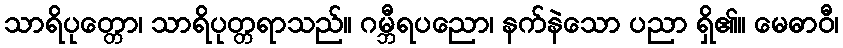
သာရိပုတ္တော၊ သာရိပုတ္တရာသည်။ ဂမ္ဘီရပညော၊ နက်နဲသော ပညာ ရှိ၏။ မေဓာဝီ၊